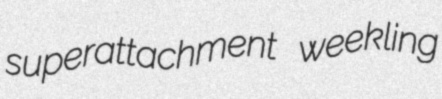
superattachment weekling